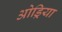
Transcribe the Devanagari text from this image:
ओड्रिया